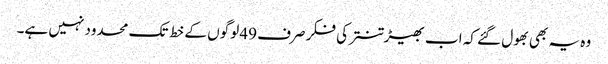
وہ یہ بھی بھول گئے کہ اب بھیڑ تنتر کی فکر صرف 49 لوگوں کے خط تک محدود نہیں ہے۔